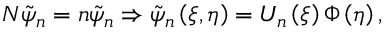
{ \cal N } \tilde { \psi } _ { n } = n \tilde { \psi } _ { n } \Rightarrow \tilde { \psi } _ { n } \left( \xi , \eta \right) = U _ { n } \left( \xi \right) \Phi \left( \eta \right) ,